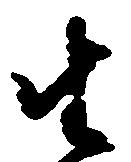
生